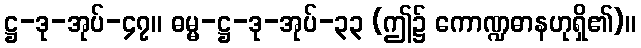
ဋ္ဌ-ဒု-အုပ်-၄၇။ ဓမ္မ-ဋ္ဌ-ဒု-အုပ်-၃၃ (ဤ၌ ကောဏ္ဍဓာနဟုရှိ၏)။